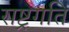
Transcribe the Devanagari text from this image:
राष्ट्रगति